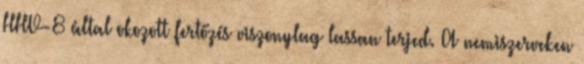
HHV-8 által okozott fertőzés viszonylag lassan terjed. A nemiszerveken